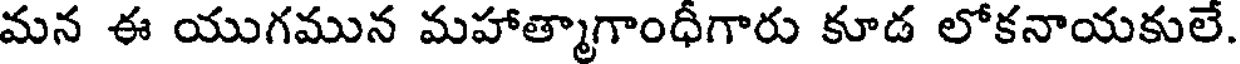
మన ఈ యుగమున మహాత్మాగాంధీగారు కూడ లోకనాయకులే.